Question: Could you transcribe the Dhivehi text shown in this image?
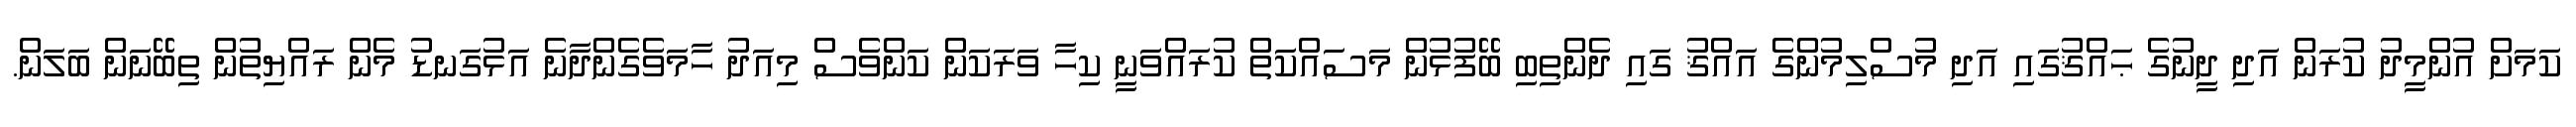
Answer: ކަމަށް އުންމީދު ކުރަން އަދި ދީނުގެ ޙައްޤުގައި އަދި މުސްލިމުންގެ އައްޤު ގައި ދެންތިބި ބޭފުޅުން މަސައްކަތް ކުރައްވަނީ ކިހާ ވަރަކަން ކަންވެސް މިއަދު ހާމަވެގެންދާނެ އަޅުގަނޑު މެން ރައްޔިތުން ތިބޭނަން ބަލަން.